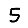
Digit: 5